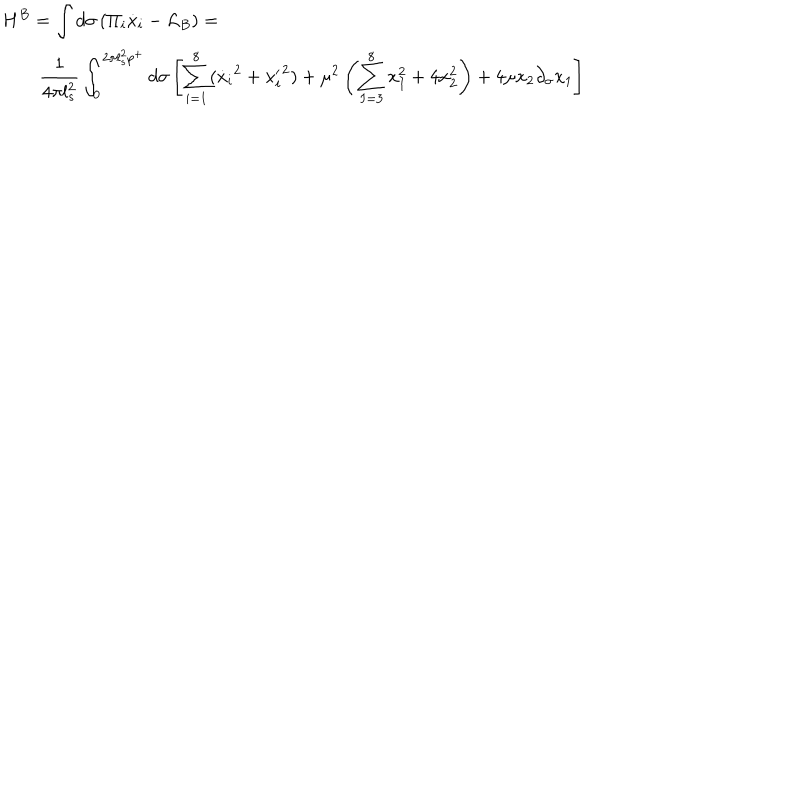
LaTeX: \begin{array} { l } { { \displaystyle { H ^ { B } = \int d \sigma \left( \Pi _ { i } \dot { x } _ { i } - \mathcal { L } _ { B } \right) = } } } \\ { { \displaystyle { \qquad \frac { 1 } { 4 \pi l _ { s } ^ { 2 } } \int _ { 0 } ^ { 2 \pi l _ { s } ^ { 2 } p ^ { + } } d \sigma \left[ \sum _ { i = 1 } ^ { 8 } ( { \dot { x } _ { i } } ^ { 2 } + { { x } _ { i } ^ { \prime } } ^ { 2 } ) + \mu ^ { 2 } \left( \sum _ { I = 3 } ^ { 8 } x _ { I } ^ { 2 } + 4 x _ { 2 } ^ { 2 } \right) + 4 \mu x _ { 2 } \partial _ { \sigma } x _ { 1 } \right] } } } \\ \end{array}